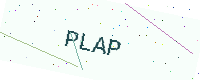
Text: PLAP